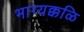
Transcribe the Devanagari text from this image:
भाग्यक्कळि